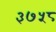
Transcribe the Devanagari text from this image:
३७५८